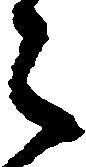
之